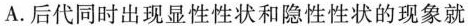
A.后代同时出现显性性状和隐性性状的现象就